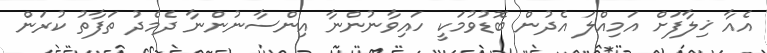
އެއާ ޚިލާފަށް އަމިއްލަ އެދުން ބޮޑުވުމަކީ ހައިވާނުންނާ އިންސާނުންނާ ދެމެދު ތަފާތު ކުރަން